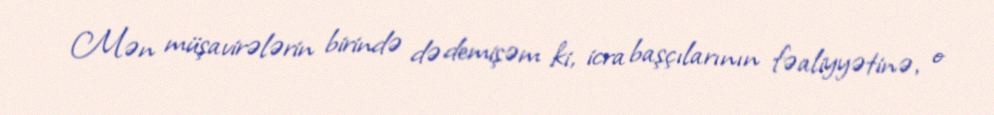
Mən müşavirələrin birində də demişəm ki, icra başçılarının fəaliyyətinə, o